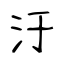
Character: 汙